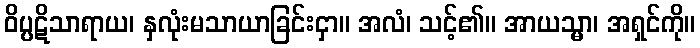
ဝိပ္ပဋိသာရာယ၊ နှလုံးမသာယာခြင်းငှာ။ အလံ၊ သင့်၏။ အာယသ္မာ၊ အရှင်ကို။